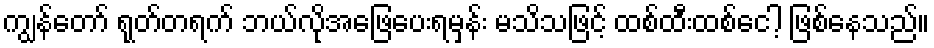
ကျွန်တော် ရုတ်တရက် ဘယ်လိုအဖြေပေးရမှန်း မသိသဖြင့် ထစ်ထီးထစ်ငေါ့ ဖြစ်နေသည်။